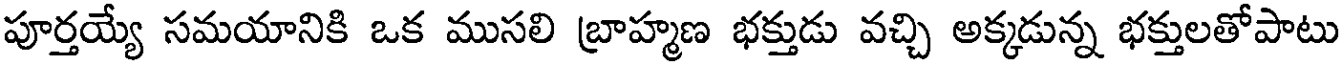
పూర్తయ్యే సమయానికి ఒక ముసలి బ్రాహ్మణ భక్తుడు వచ్చి అక్కడున్న భక్తులతోపాటు